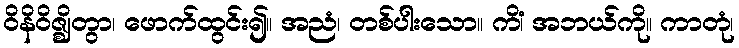
ဝိနိဝိဇ္ဈိတွာ၊ ဖောက်ထွင်း၍။ အညံ၊ တစ်ပါးသော။ ကိံ၊ အဘယ်ကို။ ကာတုံ၊